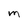
Character: M